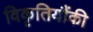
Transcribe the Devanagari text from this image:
विकृतियौंकी